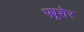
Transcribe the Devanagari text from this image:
फ्यूशेर